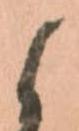
候